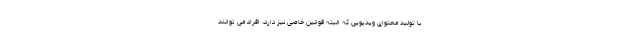
با تولید محتوای ویدیویی که البته قوانین خاصی نیز دارد، افراد می توانند